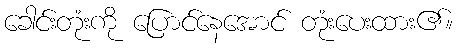
ခေါင်းတုံးကို ပြောင်နေအောင် တုံးပေးထား၏။